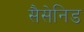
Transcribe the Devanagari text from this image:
सैसेनिड